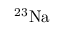
^ { 2 3 } \mathrm { N a }